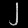
Digit: ၂